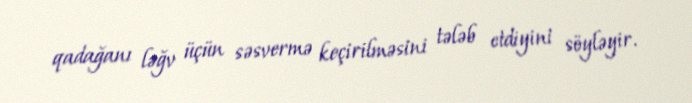
qadağanı ləğv üçün səsvermə keçirilməsini tələb etdiyini söyləyir.